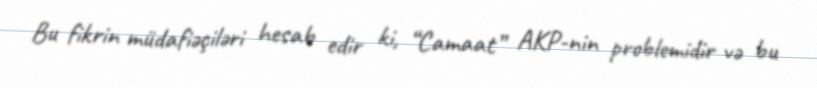
Bu fikrin müdafiəçiləri hesab edir ki, “Camaat” AKP-nin problemidir və bu